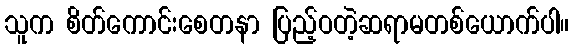
သူက စိတ်ကောင်းစေတနာ ပြည့်ဝတဲ့ဆရာမတစ်ယောက်ပါ။